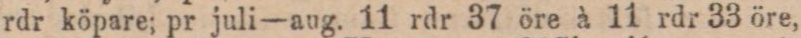
rdr köpare; pr juli—aug. 11 rdr 37 öre à 11 rdr 33 öre,